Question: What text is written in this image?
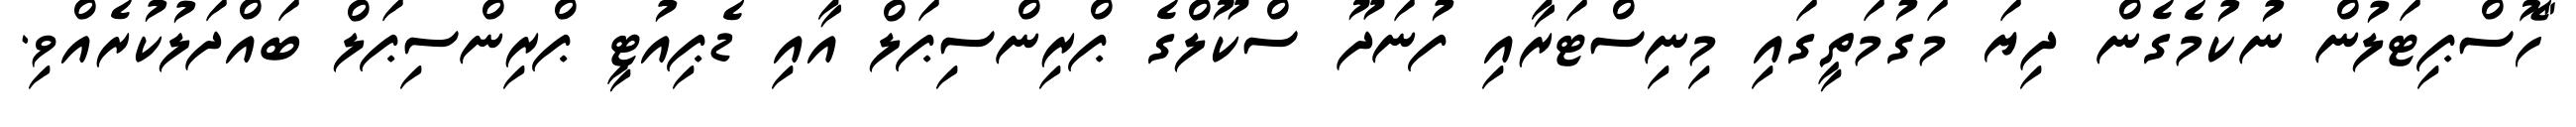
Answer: "ހޮސްޕިޓަލުން ނުކުމެގެން ދިޔަ މަގުމަތީގައި މިނިސްޓަރާއި ފުނަދޫ ސްކޫލްގެ ޕްރިންސިޕަލް އާއި ޑެޕިއުޓީ ޕްރިންސިޕަލް ބައްދަލުކުރެއްވި.